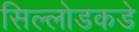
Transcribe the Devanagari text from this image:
सिल्लोडकडे